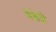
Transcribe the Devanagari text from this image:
वेल्लेज्जे